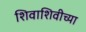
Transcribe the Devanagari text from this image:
शिवाशिवीच्या